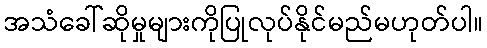
အသံခေါ်ဆိုမှုများကိုပြုလုပ်နိုင်မည်မဟုတ်ပါ။